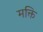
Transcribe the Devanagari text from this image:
मक्ति